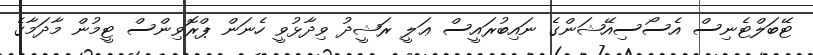
ޓޭބަލްޓެނިސް އެސޯސިއޭޝަންގެ ނައިބުރައީސް ޢަލީ ރަޝީދު ވިދާޅުވީ ހެނަން ޕްރޮވިންސް ޓީމުން މާދަމާގެ